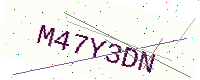
Text: M47Y3DN